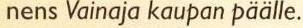
nens Vainaja kaupan päälle.